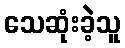
သေဆုံးခဲ့သူ